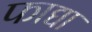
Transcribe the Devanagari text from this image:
फाद्या